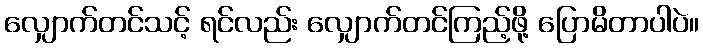
လျှောက်တင်သင့် ရင်လည်း လျှောက်တင်ကြည့်ဖို့ ပြောမိတာပါပဲ။